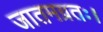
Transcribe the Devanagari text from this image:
जातमग्रतः।